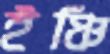
ইঞ্চি